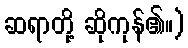
ဆရာတို့ ဆိုကုန်၏။)